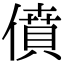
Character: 僨